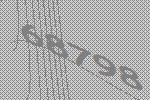
68798